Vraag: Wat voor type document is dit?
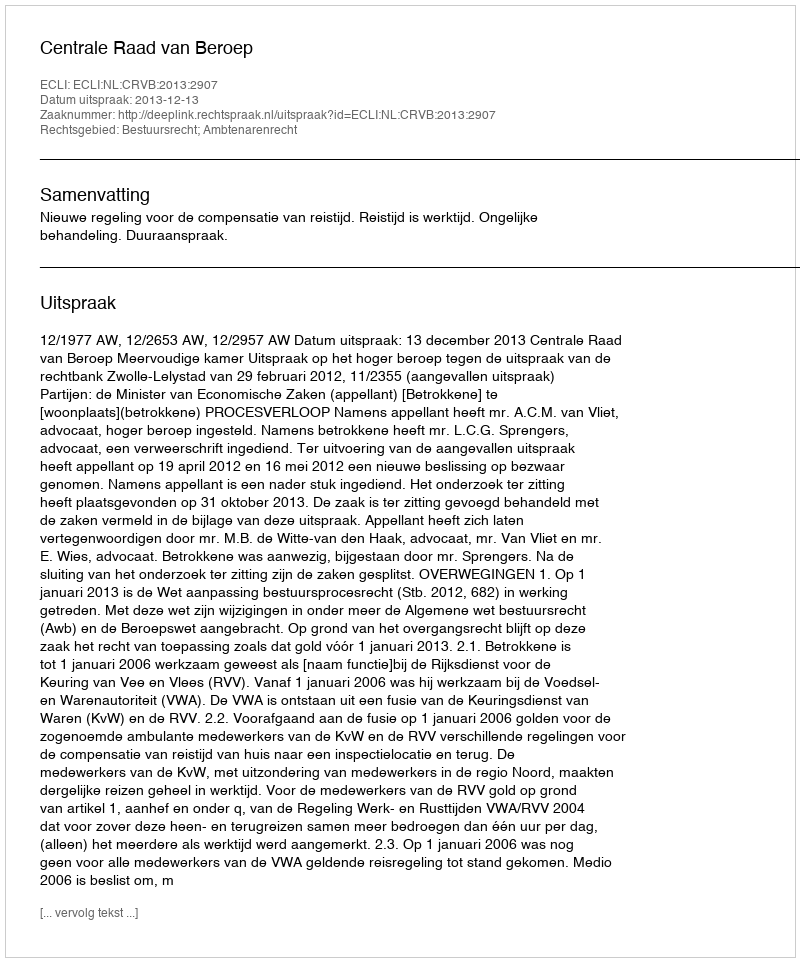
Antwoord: Uitspraak